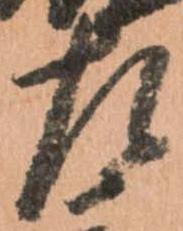
左